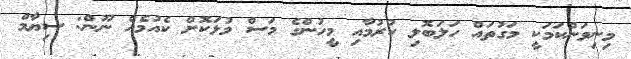
މިނިވަންކަމަކީ މަގުތައް ހަލަބޮލި ކުރުމާއި މީހުންގެ މަސް މުޅަކޮށް ކެއުމެއް ނޫން: ސިޔާމް